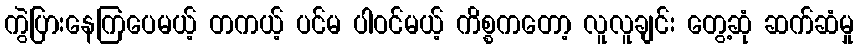
ကွဲပြားနေကြပေမယ့် တကယ့် ပင်မ ပါဝင်မယ့် ကိစ္စကတော့ လူလူချင်း တွေ့ဆုံ ဆက်ဆံမှု